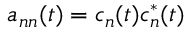
a _ { n n } ( t ) = c _ { n } ( t ) c _ { n } ^ { * } ( t )